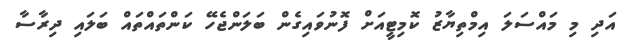
އަދި މި މައްސަލަ އިމްތިޔާޒު ކޮމިޓީއަށް ފޮނުވައިގެން ބަލަންޖެހޭ ކަންތައްތައް ބަލައި ދިރާސާ